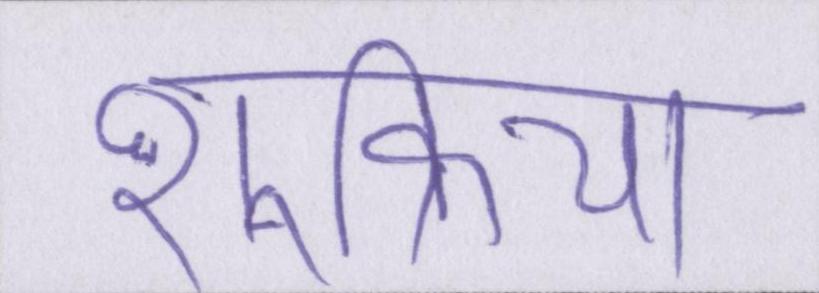
शुक्रिया